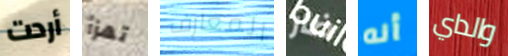
أردت تهزأ المعارف ضار أنه والداي